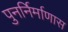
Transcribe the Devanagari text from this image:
पुनर्निर्माणास